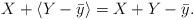
LaTeX: \begin{align*}X + \langle Y - \bar y \rangle = X + Y - \bar y.\end{align*}